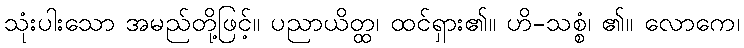
သုံးပါးသော အမည်တို့ဖြင့်။ ပညာယိတ္ထ၊ ထင်ရှား၏။ ဟိ-သစ္စံ၊ ၏။ လောကေ၊